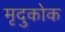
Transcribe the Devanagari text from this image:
मृदुकोक